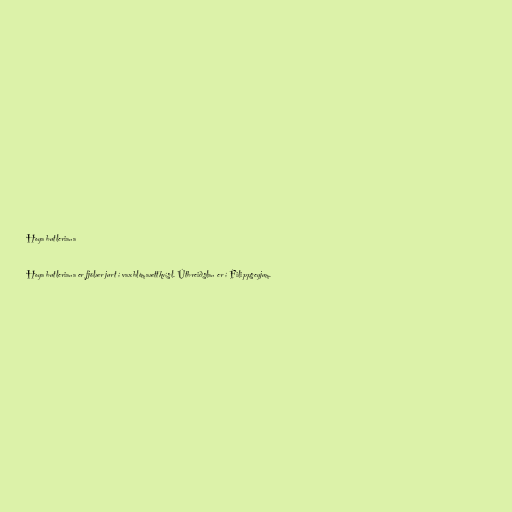
Hoya butleriana

Hoya butleriana er fjölær jurt í vaxblómaættkvísl. Útbreiðslan er í Filippseyjum.